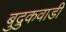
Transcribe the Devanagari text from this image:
बुद्रुकवाडी